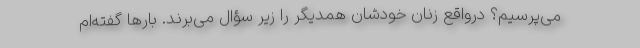
می‌پرسیم؟ درواقع زنان خودشان همدیگر را زیر سؤال می‌برند. بارها گفته‌ام